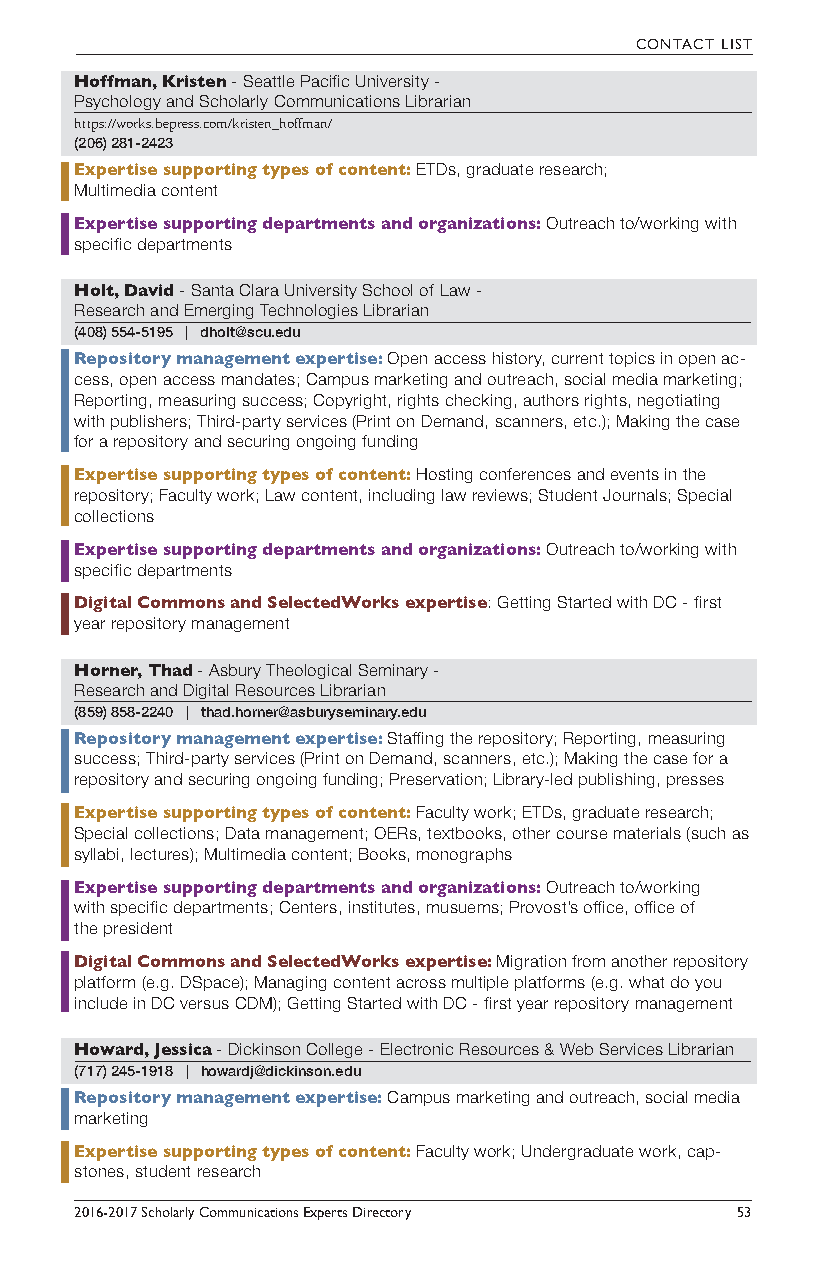
CONTACT LIST
 Hoffman, Kristen - Seattle Pacific University -
 Psychology and Scholarly Communications Librarian
 https://works.bepress.com/kristen_hoffman/
 (206) 281-2423
 Expertise supporting types of content: ETDs, graduate research;
 Multimedia content
 Expertise supporting departments and organizations: Outreach to/working with
 specific departments
 Holt, David - Santa Clara University School of Law -
 Research and Emerging Technologies Librarian
 (408) 554-5195 | dholt@scu.edu
 Repository management expertise: Open access history, current topics in open ac-
 cess, open access mandates; Campus marketing and outreach, social media marketing;
 Reporting, measuring success; Copyright, rights checking, authors rights, negotiating
 with publishers; Third-party services (Print on Demand, scanners, etc.); Making the case
 for a repository and securing ongoing funding
 Expertise supporting types of content: Hosting conferences and events in the
 repository; Faculty work; Law content, including law reviews; Student Journals; Special
 collections
 Expertise supporting departments and organizations: Outreach to/working with
 specific departments
 Digital Commons and SelectedWorks expertise: Getting Started with DC - first
 year repository management
 Horner, Thad - Asbury Theological Seminary -
 Research and Digital Resources Librarian
 (859) 858-2240 | thad.horner@asburyseminary.edu
 Repository management expertise: Staffing the repository; Reporting, measuring
 success; Third-party services (Print on Demand, scanners, etc.); Making the case for a
 repository and securing ongoing funding; Preservation; Library-led publishing, presses
 Expertise supporting types of content: Faculty work; ETDs, graduate research;
 Special collections; Data management; OERs, textbooks, other course materials (such as
 syllabi, lectures); Multimedia content; Books, monographs
 Expertise supporting departments and organizations: Outreach to/working
 with specific departments; Centers, institutes, musuems; Provost’s office, office of
 the president
 Digital Commons and SelectedWorks expertise: Migration from another repository
 platform (e.g. DSpace); Managing content across multiple platforms (e.g. what do you
 include in DC versus CDM); Getting Started with DC - first year repository management
 Howard, Jessica - Dickinson College - Electronic Resources & Web Services Librarian
 (717) 245-1918 | howardj@dickinson.edu
 Repository management expertise: Campus marketing and outreach, social media
 marketing
 Expertise supporting types of content: Faculty work; Undergraduate work, cap-
 stones, student research
 2016-2017 Scholarly Communications Experts Directory 53